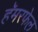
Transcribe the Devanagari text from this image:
हॅमरफेल